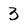
Character: 3